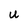
Character: U